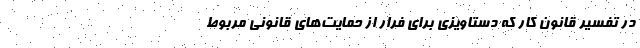
در تفسیر قانون کار که دستاویزی برای فرار از حمایت‌های قانونی مربوط